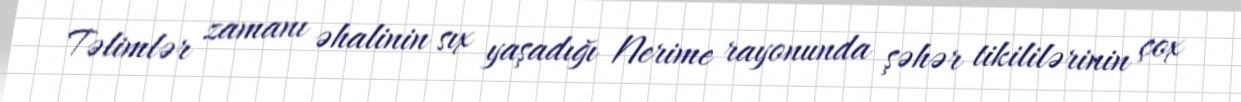
Təlimlər zamanı əhalinin sıx yaşadığı Nerime rayonunda şəhər tikililərinin çox